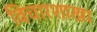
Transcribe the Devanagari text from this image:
विचारशाखा